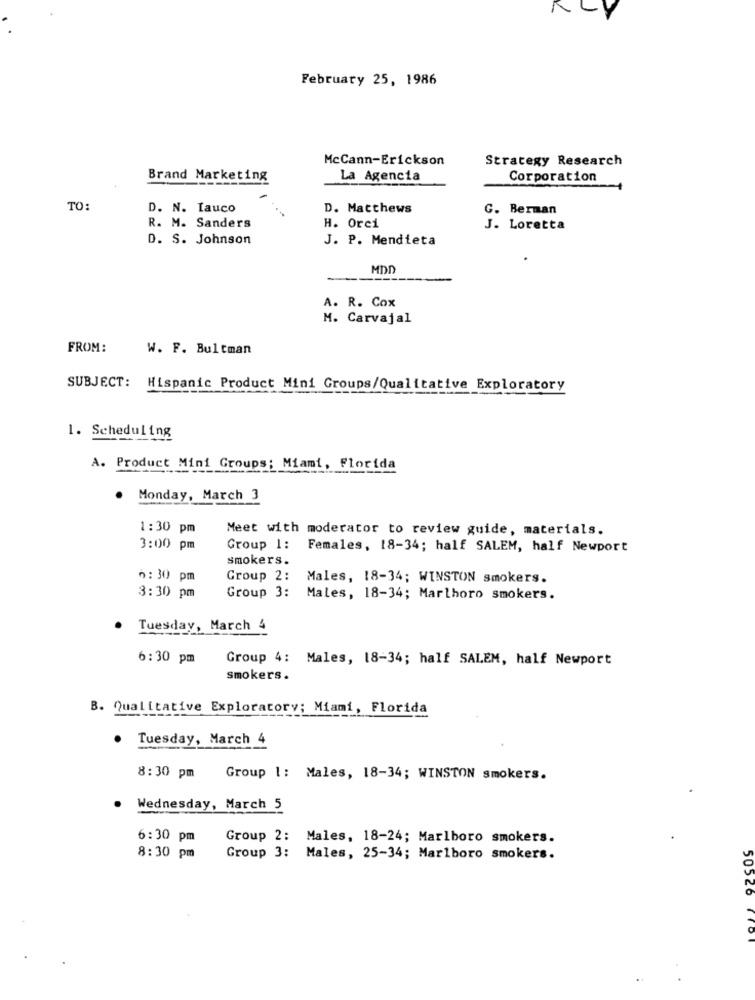
LY
February 25, 1986
McCann-Erickson
Strategy Research
Brand Marketing
La Agencia
Corporation
TO:
D. N. Lauco
D. Matthews
G. Berman
R. M. Sanders
H. Orci
J. Loretta
D. S. Johnson
J. P. Mendieta
MDD
A. R. Cox
M. Carvajal
FROM:
W. F. Bultman
SUBJECT: Hispanic Product Mini Groups/Qualitative Exploratory
1. Scheduling
LINA
A. Product Mini Groups; Miami, Florida
Monday, March 3
1:30 pm
Meet with moderator to review guide, materials.
3:00 pm
Group 1:
Females, 18-34; half SALEM, half Newport
smokers.
6:30 pm
Group 2:
Males, 18-34; WINSTON smokers.
3:30 pm
Group 3:
Males, 18-34; Marlhoro smokers.
Tuesday, March 4
6:30 pm
Group 4: Males, 18-34; half SALEM, half Newport
smokers .
B. Qualitative Exploratory; Miami, Florida
. Tuesday, March 4
8:30 pm
Group |: Males, 18-34; WINSTON smokers.
Wednesday, March 5
6:30 pm
Group 2: Males, 18-24; Marlboro smokers.
8:30 pm
Group 3: Males, 25-34; Marlboro smokers.
50526